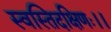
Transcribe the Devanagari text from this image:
स्वस्तिदक्षिणः।।